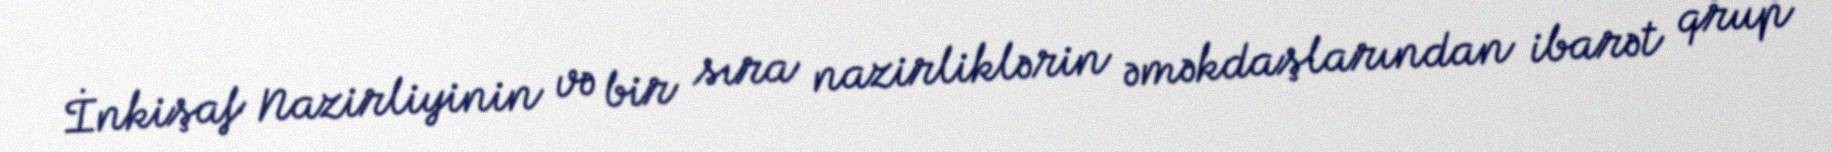
İnkişaf Nazirliyinin və bir sıra nazirliklərin əməkdaşlarından ibarət qrup